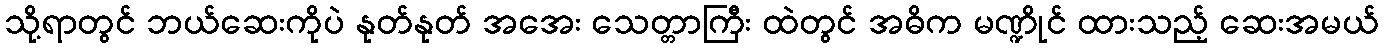
သို့ရာတွင် ဘယ်ဆေးကိုပဲ နုတ်နုတ် အအေး သေတ္တာကြီး ထဲတွင် အဓိက မဏ္ဍိုင် ထားသည့် ဆေးအမယ်